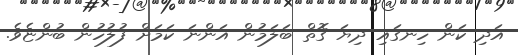
އަދި ކަން ހިނގައި ދިޔަ ގޮތް ބަލަމުން އަންނަ ކަމަށް ފުލުހުން ބުންޏެވެ.